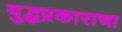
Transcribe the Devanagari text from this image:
युद्धप्रकाराचा